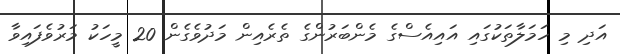
އަދި މި ހަމަލާތަކުގައި އައިއެސްގެ މެންބަރުންގެ ތެރެއިން މަދުވެގެން 20 މީހަކު މަރުވެފައިވާ